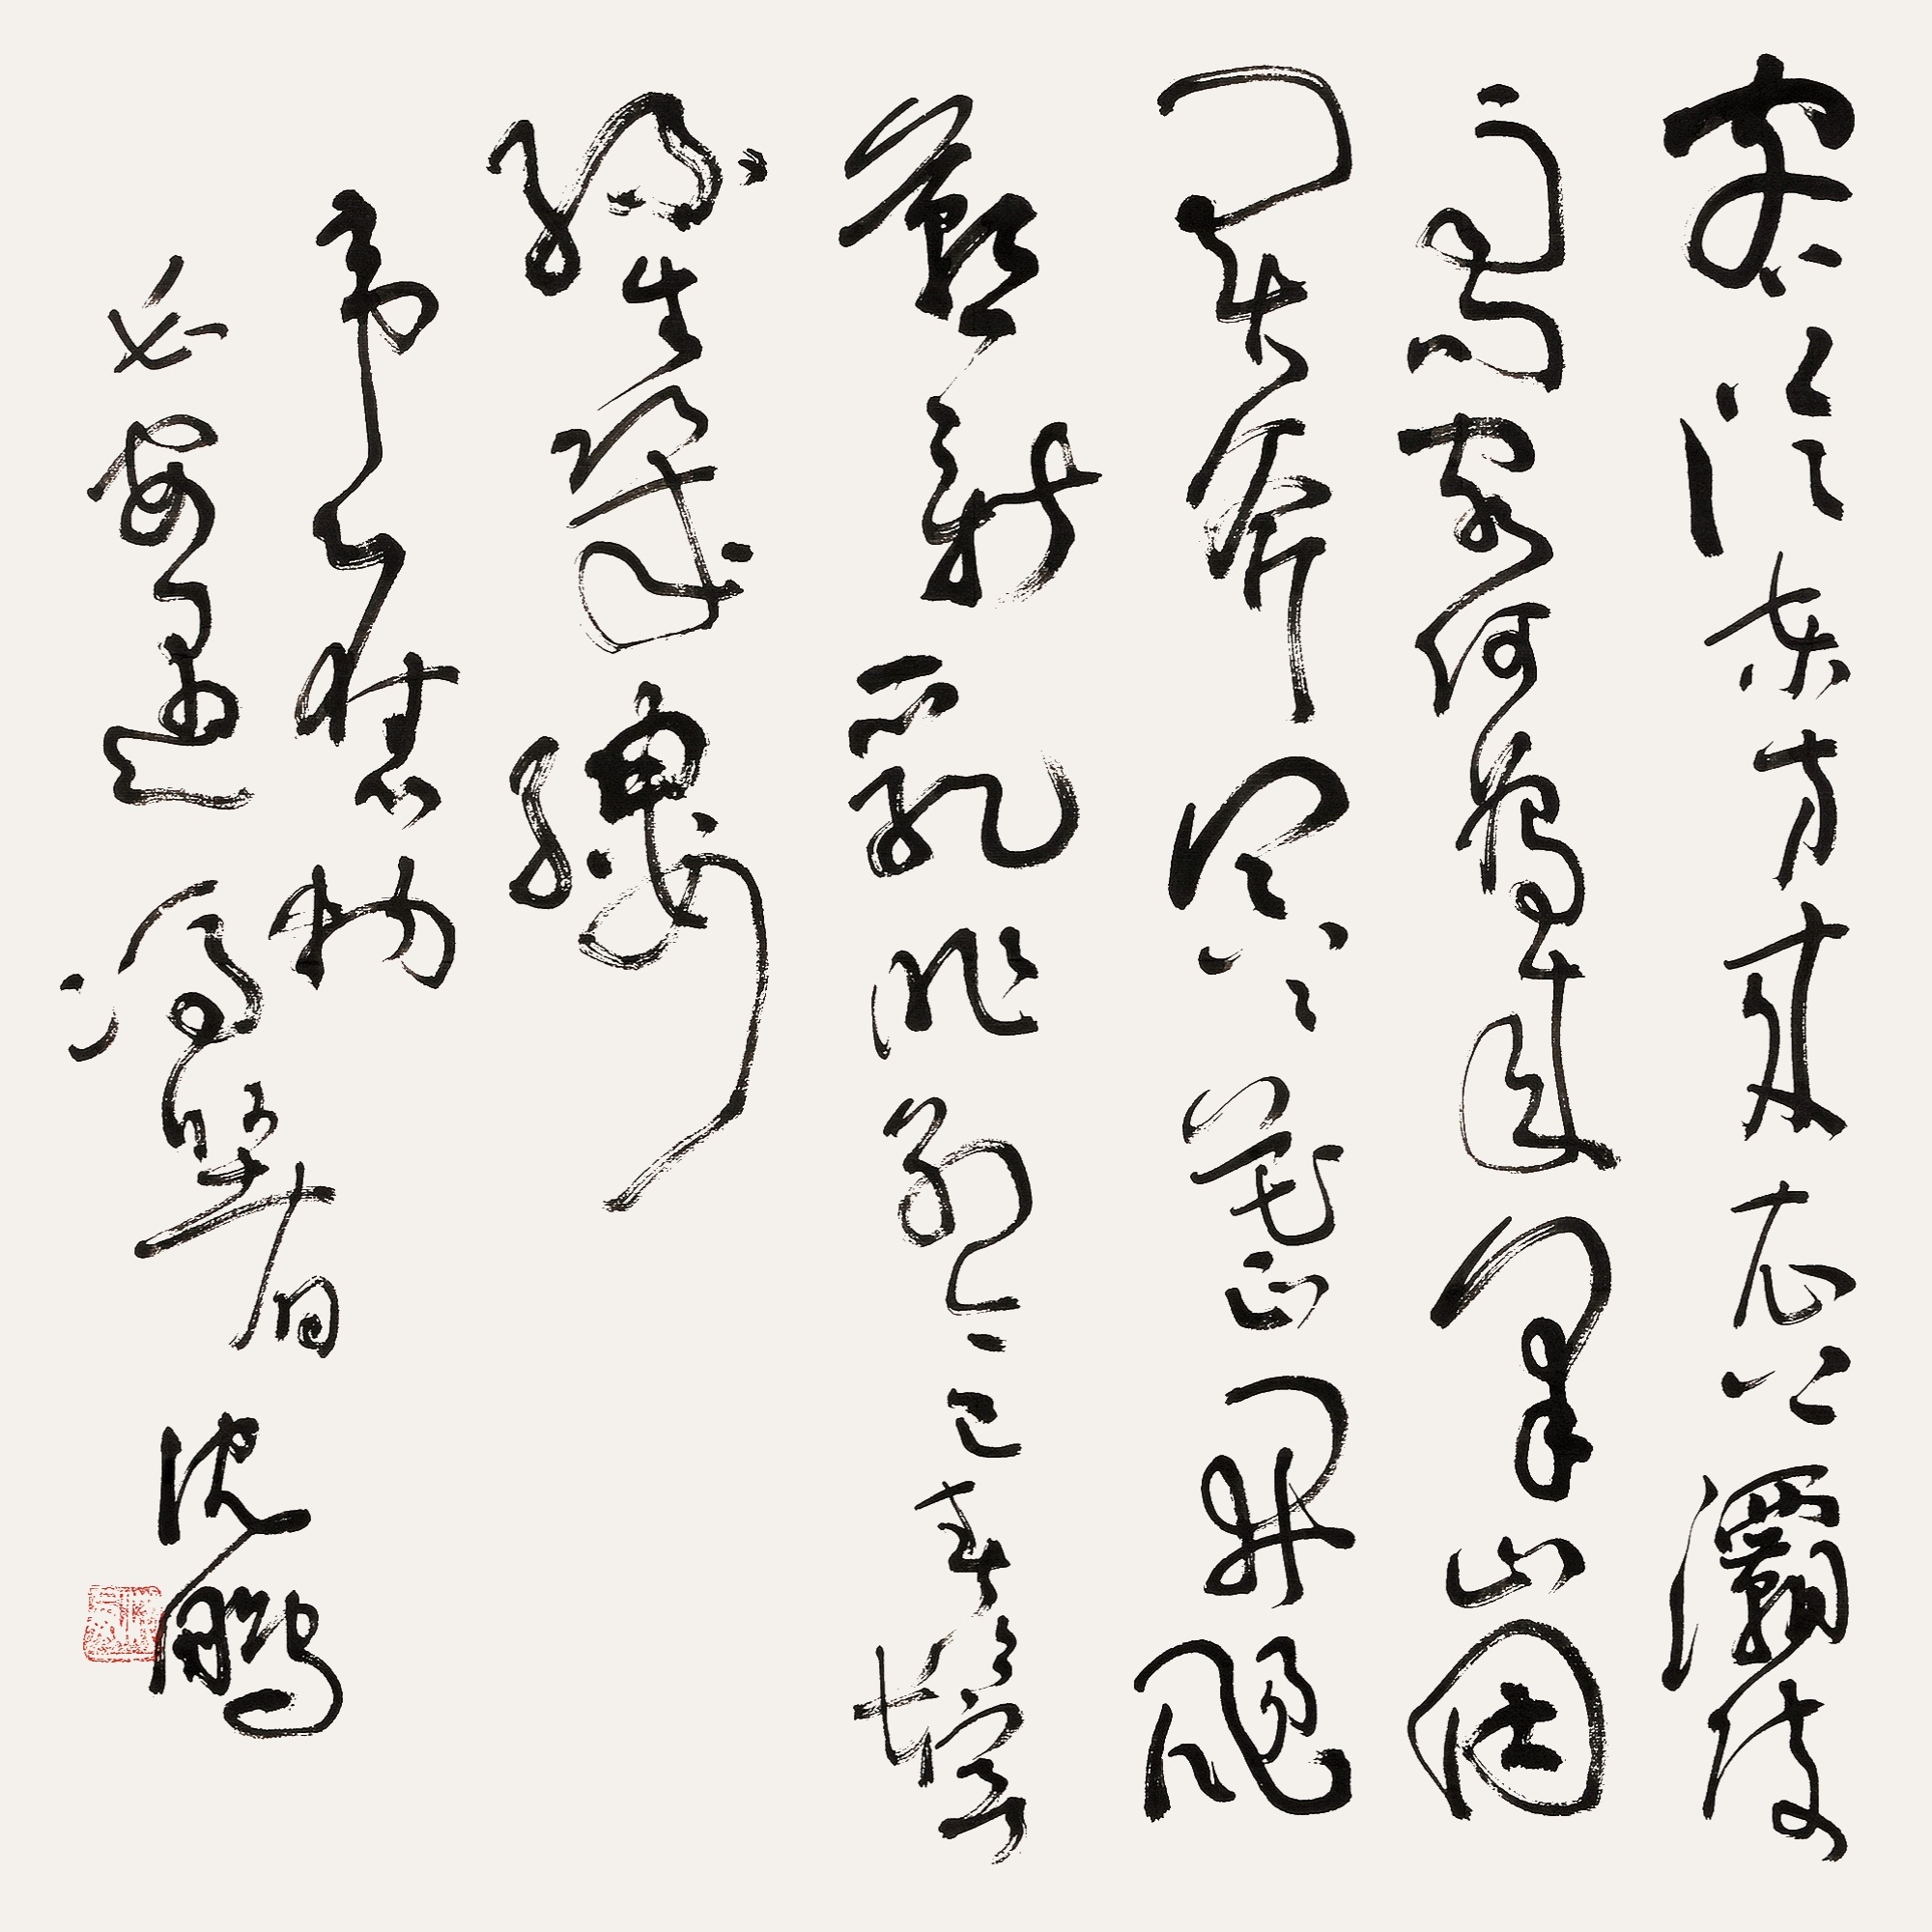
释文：客从东方来，衣上灞陵雨。问客何为来，采山因买斧。冥冥花正开，飏飏燕新乳。昨别今已春，鬓丝生几缕。韦应物《长安遇冯著》，沈鹏。